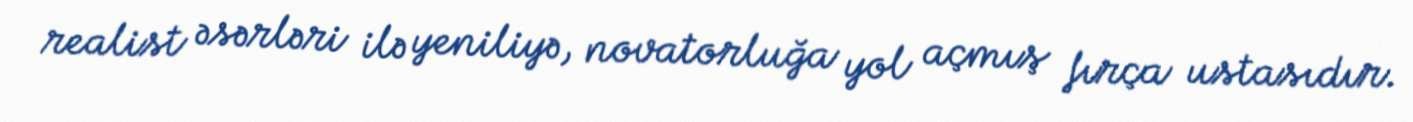
realist əsərləri ilə yeniliyə, novatorluğa yol açmış fırça ustasıdır.